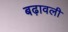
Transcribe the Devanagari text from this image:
बढ़ावली